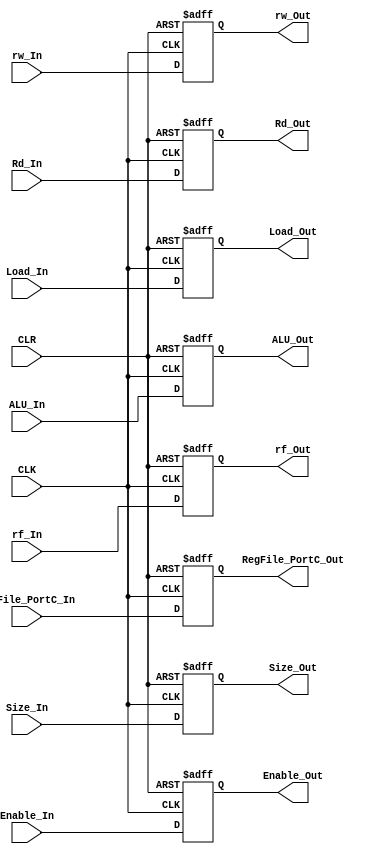
module EXMEM_Register (
    output reg [1:0] Size_Out,
    output reg Enable_Out,
    output reg rw_Out,
    output reg Load_Out,
    output reg rf_Out,
    output reg [31:0] RegFile_PortC_Out,
    output reg [31:0] ALU_Out,
    output reg [3:0] Rd_Out,
    input [1:0] Size_In,
    input Enable_In,
    input rw_In,
    input Load_In,
    input rf_In,
    input [31:0] RegFile_PortC_In,
    input [31:0] ALU_In,
    input [3:0] Rd_In,
    input CLK,
    input CLR
    );


    always@(posedge CLK,posedge CLR) begin
        if(CLR) begin
            Load_Out <= 1'b0;
            rf_Out <= 1'b0;
            Size_Out <= 2'b00;
            Enable_Out <= 1'b0;
            rw_Out <= 1'b0;
            RegFile_PortC_Out <= 32'b00000000000000000000000000000000;
            ALU_Out <= 32'b00000000000000000000000000000000;
            Rd_Out <= 4'b0000;
        end else begin
            Load_Out <= Load_In;
            rf_Out <= rf_In;
            Size_Out <= Size_In;
            Enable_Out <= Enable_In;
            rw_Out <= rw_In;
            RegFile_PortC_Out <= RegFile_PortC_In;
            ALU_Out <= ALU_In;
            Rd_Out <= Rd_In;
        end
    end
endmodule